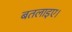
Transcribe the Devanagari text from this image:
बतलाइए।